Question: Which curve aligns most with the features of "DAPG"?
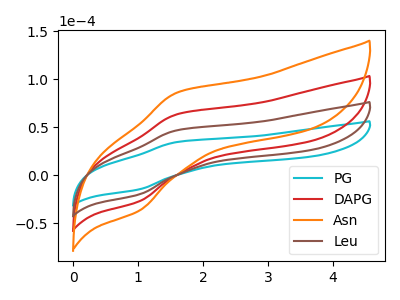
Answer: <think>The cyan curve "PG" has an anodic peak at (1.60V, 34.35uA) and a cathodic peak at (1.00V, -14.85uA). The red curve "DAPG" has an anodic peak at (1.60V, 93.15uA) and a cathodic peak at (1.00V, -40.25uA). The orange curve "Asn" has an anodic peak at (1.60V, 139.70uA) and a cathodic peak at (1.00V, -60.35uA). The brown curve "Leu" has an anodic peak at (1.60V, 46.55uA) and a cathodic peak at (1.00V, -20.10uA).
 All the peaks in "PG" have a peak in "DAPG" at the same potential. Every peak in "PG" is lower than every peak in "DAPG". All the peaks in "PG" have a peak in "Asn" at the same potential. Every peak in "PG" is lower than every peak in "Asn". All the peaks in "PG" have a peak in "Leu" at the same potential. Every peak in "PG" is lower than every peak in "Leu". All the peaks in "DAPG" have a peak in "Asn" at the same potential. Every peak in "DAPG" is lower than every peak in "Asn". All the peaks in "DAPG" have a peak in "Leu" at the same potential. Every peak in "DAPG" is higher than every peak in "Leu". All the peaks in "Asn" have a peak in "Leu" at the same potential. Every peak in "Asn" is higher than every peak in "Leu".</think>
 <answer>"DAPG", "Asn" and "Leu" have a similar shape to "PG".</answer>
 <eval>"DAPG" "Asn" "Leu"</eval>